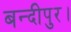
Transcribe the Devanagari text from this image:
बन्दीपुर।